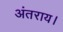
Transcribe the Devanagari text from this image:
अंतराय।